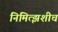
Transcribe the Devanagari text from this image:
निमित्झशीच